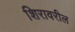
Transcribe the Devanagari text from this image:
शिरावरील